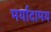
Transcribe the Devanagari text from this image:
मर्यादामय